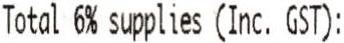
TOTAL 6% SUPPLIES (INC. GST):